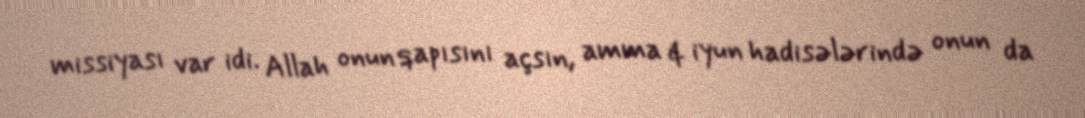
missiyası var idi. Allah onun qapısını açsın, amma 4 iyun hadisələrində onun da